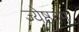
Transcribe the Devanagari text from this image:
ज्येष्ठतम्